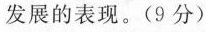
发展的表现。(9分)